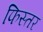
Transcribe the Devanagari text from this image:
फिस्तर